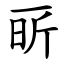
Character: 㪽